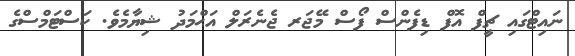
ނައިޓްގައި ޗީފް އޮފް ޑިފެންސް ފޯސް މޭޖަރ ޖެނެރަލް އަޙްމަދު ޝިޔާމެވެ. ކަސްޓަމްސްގެ